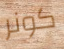
كونر